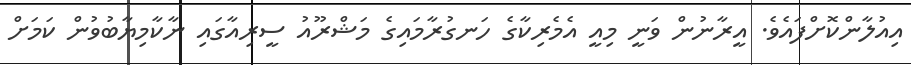
އިއުލާންކޮށްފައެވެ. އީރާނުން ވަނީ މިއީ އެމެރިކާގެ ހަނގުރާމައިގެ މަޝްރޫއު ސީރިއާގައި ނާކާމިޔާބުވުން ކަމަށް